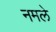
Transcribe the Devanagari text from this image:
नमले